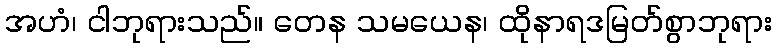
အဟံ၊ ငါဘုရားသည်။ တေန သမယေန၊ ထိုနာရဒမြတ်စွာဘုရား